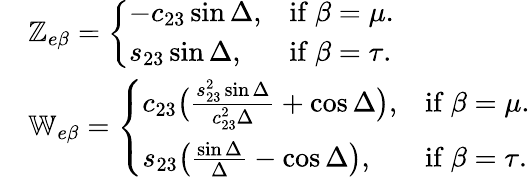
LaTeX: \begin{array}{rl}&{\mathbb{Z}_{e\beta}=\left\{ \begin{array}{ll}{-c_{23}\sin\Delta,}&{\mathrm{if}\ \beta=\mu.}\\ {s_{23}\sin\Delta,}&{\mathrm{if}\ \beta=\tau.}\end{array}\right.}\\ &{\mathbb{W}_{e\beta}=\left\{ \begin{array}{ll}{c_{23}\big(\frac{s_{23}^{2}\sin\Delta}{c_{23}^{2}\Delta}+\cos\Delta\big),}&{\mathrm{if}\ \beta=\mu.}\\ {s_{23}\big(\frac{\sin\Delta}{\Delta}-\cos\Delta\big),}&{\mathrm{if}\ \beta=\tau.}\end{array}\right.}\end{array}